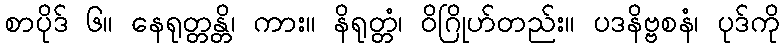
စာပိုဒ် ၆။ နေရုတ္တန္တိ၊ ကား။ နိရုတ္တံ၊ ဝိဂြိုဟ်တည်း။ ပဒနိဗ္ဗစနံ၊ ပုဒ်ကို